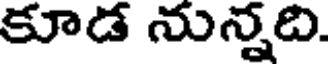
కూడ నున్నది.